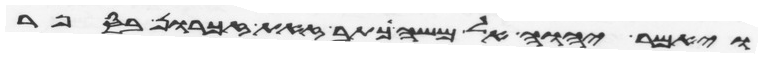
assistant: ויאמר יהוה אל משה כתב זאת זכרון בספר